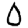
Digit: 0